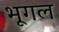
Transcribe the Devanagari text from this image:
भूगल